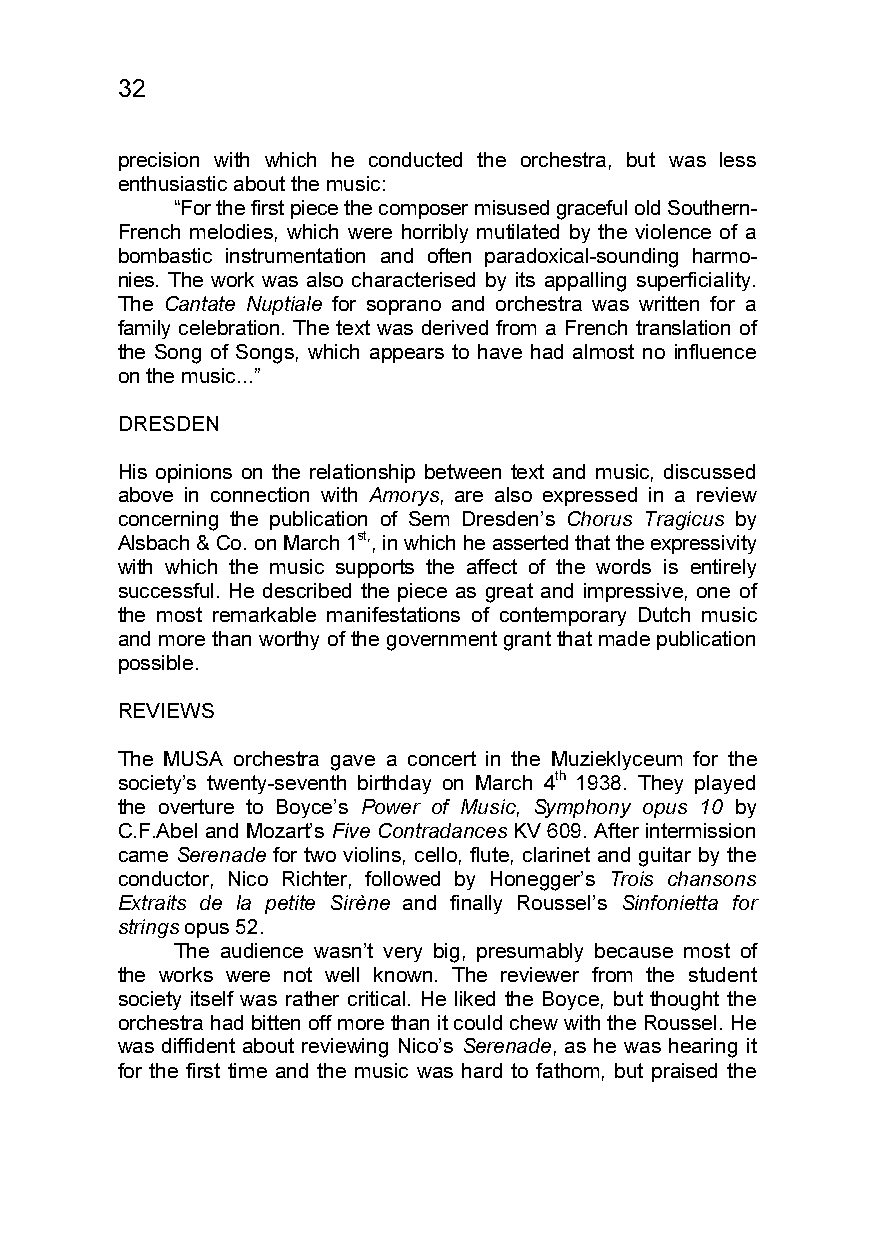
32
 precision with which he conducted the orchestra, but was less
 enthusiastic about the music:
 “For the first piece the composer misused graceful old Southern-
 French melodies, which were horribly mutilated by the violence of a
 bombastic instrumentation and often paradoxical-sounding harmo-
 nies. The work was also characterised by its appalling superficiality.
 The Cantate Nuptiale for soprano and orchestra was written for a
 family celebration. The text was derived from a French translation of
 the Song of Songs, which appears to have had almost no influence
 on the music...”
 DRESDEN
 His opinions on the relationship between text and music, discussed
 above in connection with Amorys, are also expressed in a review
 concerning the publication of Sem Dresden’s Chorus Tragicus by
 Alsbach & Co. on March 1st,, in which he asserted that the expressivity
 with which the music supports the affect of the words is entirely
 successful. He described the piece as great and impressive, one of
 the most remarkable manifestations of contemporary Dutch music
 and more than worthy of the government grant that made publication
 possible.
 REVIEWS
 The MUSA orchestra gave a concert in the Muzieklyceum for the
 society’s twenty-seventh birthday on March 4th 1938. They played
 the overture to Boyce’s Power of Music, Symphony opus 10 by
 C.F.Abel and Mozart’s Five Contradances KV 609. After intermission
 came Serenade for two violins, cello, flute, clarinet and guitar by the
 conductor, Nico Richter, followed by Honegger’s Trois chansons
 Extraits de la petite Sirène and finally Roussel’s Sinfonietta for
 strings opus 52.
 The audience wasn’t very big, presumably because most of
 the works were not well known. The reviewer from the student
 society itself was rather critical. He liked the Boyce, but thought the
 orchestra had bitten off more than it could chew with the Roussel. He
 was diffident about reviewing Nico’s Serenade, as he was hearing it
 for the first time and the music was hard to fathom, but praised the